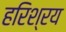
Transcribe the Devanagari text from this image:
हरिश्रय